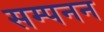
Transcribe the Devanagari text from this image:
सम्पनन